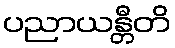
ပညာယန္တီတိ